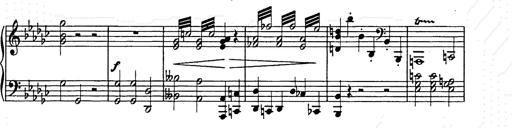
Title: Allegro di bravura
Composer: Carl Maria von Weber
Key: D major